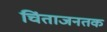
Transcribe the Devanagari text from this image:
चिंताजनतक